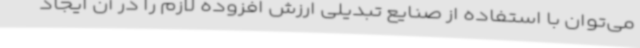
می‌توان با استفاده از صنایع تبدیلی ارزش افزوده لازم را در آن ایجاد